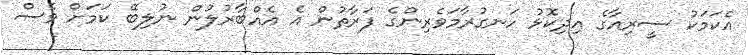
އެކަމަކު ސީރިއާގެ އިދިކޮޅު ހަނގުރާމަވެރިންގެ ފަރާތުން އެ އެއްބާރުލުން ނުލިބޭ ކަމަށް ވެސް